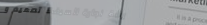
ورشة نجارة السيف: تصميم و